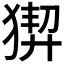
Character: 𤟻